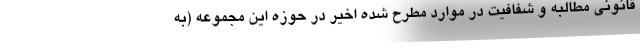
قانونی مطالبه و شفافیت در موارد مطرح شده اخیر در حوزه این مجموعه (به